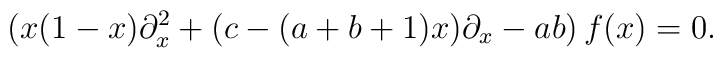
(x(1-x)\partial_x^2+(c-(a+b+1)x)\partial_x-ab)\,f(x)=0.